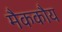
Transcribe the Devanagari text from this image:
मैककौय